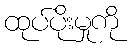
ထုပ်ပိုးမှုကို